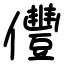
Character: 㒥